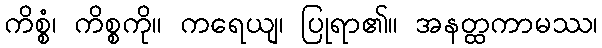
ကိစ္စံ၊ ကိစ္စကို။ ကရေယျ၊ ပြုရာ၏။ အနတ္ထကာမဿ၊